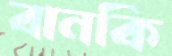
বানকি